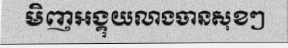
មិញអង្គុយលាងចានសុខៗ